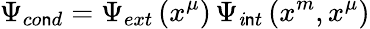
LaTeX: \Psi_{co\mathsf{n}d}=\Psi_{ext}\left(x^{\mu}\right)\, \Psi_{\mathit{i}\mathsf{n}t}\left(x^{m},x^{\mu}\right)